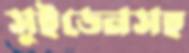
সুইডেনসহ